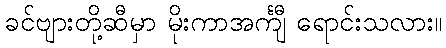
ခင်ဗျားတို့ဆီမှာ မိုးကာအင်္ကျီ ရောင်းသလား။